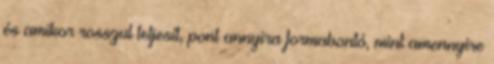
és amikor rosszul teljesít, pont annyira formabontó, mint amennyire